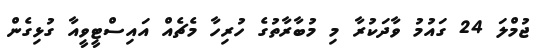
ޖުމްލަ 24 ގައުމު ވާދަކުރާ މި މުބާރާތުގެ ހުރިހާ މެޗެއް އައިސްޓީވީއާ ގުޅިގެން